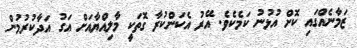
ޒަމާނެއްގައި ކޮށް އުޅުނު ކަމެކެވެ. އޭރު އެކަންކުރާ ގޮތަކީ މާލިއްޔާއަށް އަގު އަދާކުރުމުން